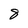
Character: 8